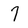
Character: 7